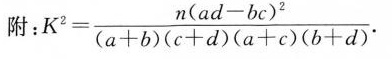
附： $$K ^ { 2 } = \frac { n ( a d - b c ) ^ { 2 } } { ( a + b ) ( c + d ) ( a + c ) ( b + d ) }$$ .